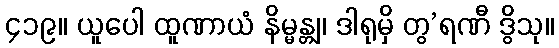
၄၁၉။ ယူပေါ ထူဏာယံ နိမ္မန္တျ၊ ဒါရုမှိ တွ’ရဏီ ဒွိသု။